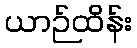
ယာဉ်ထိန်း